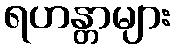
ရဟန္တာများ